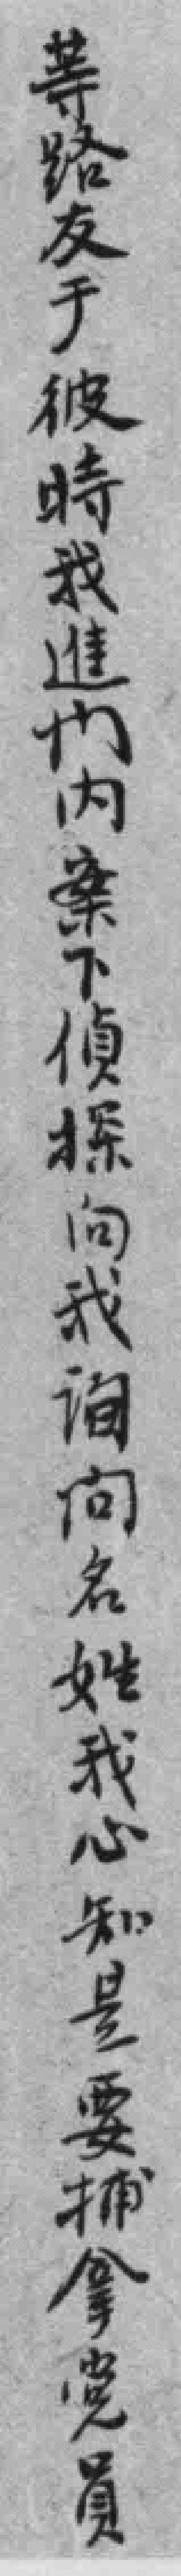
等路友于彼時我進门内案下偵探向我询向名姓我心知是要捕拿党員